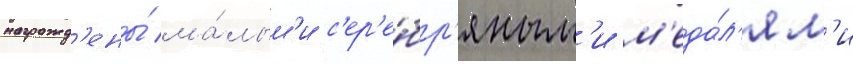
награжд'ены́ ма́лым'и с'ер'е́бр'яным'и м'еда́л'ям'и